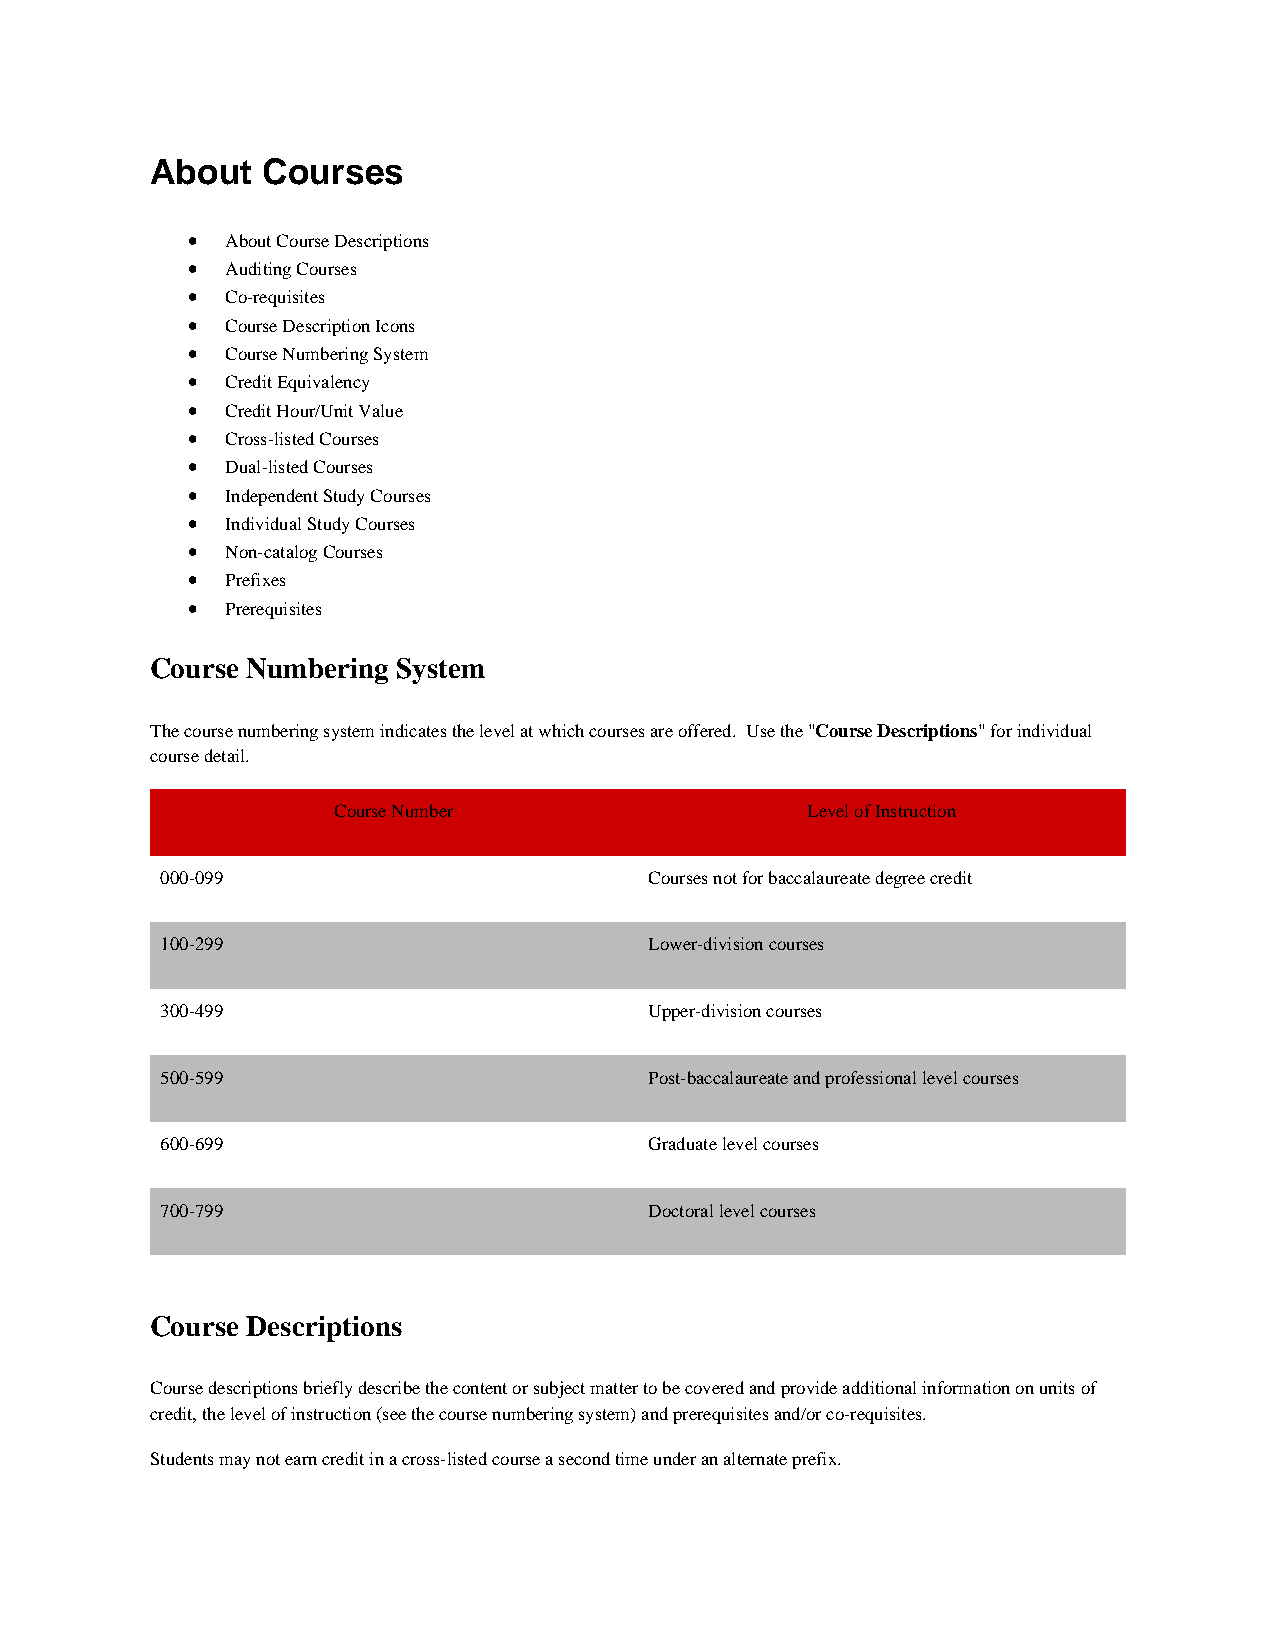
About  Courses
 •  About Course Descriptions
 •  Auditing Courses
 •  Co-requisites
 •  Course Description Icons
 •  Course Numbering System
 •  Credit Equivalency
 •  Credit Hour/Unit Value
 •  Cross-listed Courses
 •  Dual-listed Courses
 •  Independent Study Courses
 •  Individual Study Courses
 •  Non-catalog Courses
 •  Prefixes
 •  Prerequisites
 Course Numbering System
 The course numbering system indicates the level at which courses are offered. Use the "Course Descriptions" for individual
 course detail.
 Course Number                  Level of Instruction
 000-099                         Courses not for baccalaureate degree credit
 100-299                         Lower-division courses
 300-499                         Upper-division courses
 500-599                         Post-baccalaureate and professional level courses
 600-699                         Graduate level courses
 700-799                         Doctoral level courses
 Course Descriptions
 Course descriptions briefly describe the content or subject matter to be covered and provide additional information on units of
 credit, the level of instruction (see the course numbering system) and prerequisites and/or co-requisites.
 Students may not earn credit in a cross-listed course a second time under an alternate prefix.